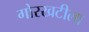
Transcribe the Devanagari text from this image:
गोरखटीला